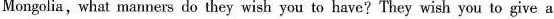
Mongolia, what manners do they wish you to have? They wish you to give a